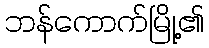
ဘန်ကောက်မြို့၏